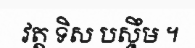
វត្ត ទិស បស្ចឹម ។